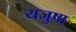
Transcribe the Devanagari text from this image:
यजुषा